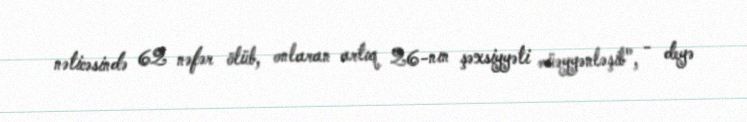
nəticəsində 62 nəfər ölüb, onlaran artıq 26-nın şəxsiyyəti müəyyənləşib", - deyə